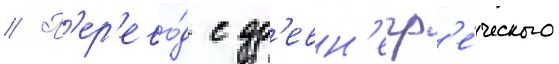
// П'ер'ево́д с др'евн'егр'е́ческого